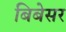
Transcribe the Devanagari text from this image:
बिबेसर